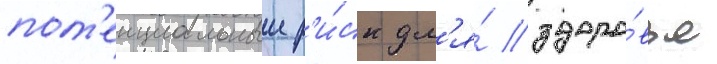
пот'енциальныи р'и́ск дл'я́ здоро́вья